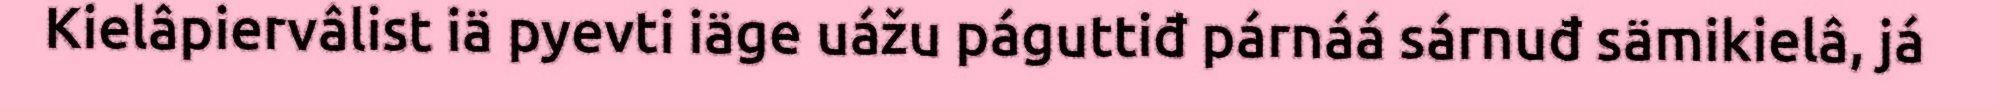
Kielâpiervâlist iä pyevti iäge uážu páguttiđ párnáá sárnuđ sämikielâ, já